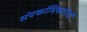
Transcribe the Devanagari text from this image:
संपर्काधिकारीयों